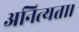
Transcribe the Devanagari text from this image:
अनित्यता।